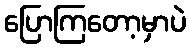
ပြောကြတော့မှာပဲ